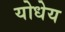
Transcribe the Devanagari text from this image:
योधेय